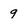
Character: 9